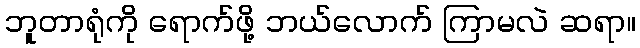
ဘူတာရုံကို ရောက်ဖို့ ဘယ်လောက် ကြာမလဲ ဆရာ။